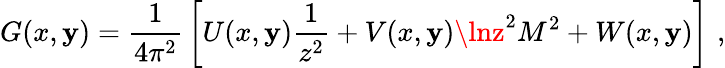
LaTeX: G(x,\mathbf{y})={\frac{{1}}{{4\pi^{2}}}}\left[U(x,\mathbf{y}){\frac{{1}}{{z^{2}}}}+V(x,\mathbf{y})\lnz^{2}M^{2}+W(x,\mathbf{y})\right]\, \, ,